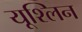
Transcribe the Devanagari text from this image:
यूश्लिन